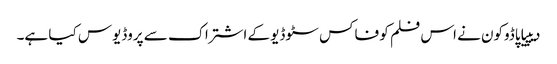
دیپیا پاڈوکون نے اس فلم کو فاکس سٹوڈیو کے اشتراک سے پروڈیوس کیا ہے۔